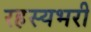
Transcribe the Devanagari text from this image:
रहस्यभरी